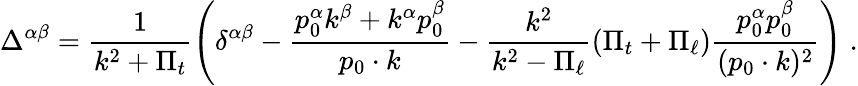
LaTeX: \Delta^{\alpha\beta}=\frac{1}{k^{2}+\Pi_{t}}\left(\delta^{\alpha\beta}-\frac{p_{0}^{\alpha}k^{\beta}+k^{\alpha}p_{0}^{\beta}}{p_{0}\cdot k}-\frac{k^{2}}{k^{2}-\Pi_{\ell}}(\Pi_{t}+\Pi_{\ell})\frac{p_{0}^{\alpha}p_{0}^{\beta}}{(p_{0}\cdot k)^{2}}\right)\; .